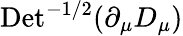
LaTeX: \mathrm{Det}^{-1/2}(\partial_{\mu}D_{\mu})